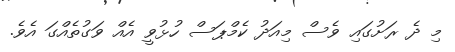
މި ދެ ރަށުގައި ވެސް މިއަދު ކެމްޕަސް ހުޅުވީ އެއް ވަގުތެއްގަ އެވެ.